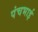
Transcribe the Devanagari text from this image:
पंचभाई